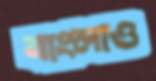
বাংলাও